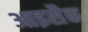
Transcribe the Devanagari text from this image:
आइसैक